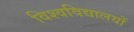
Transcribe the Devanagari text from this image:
विश्‍वविद्यालयों